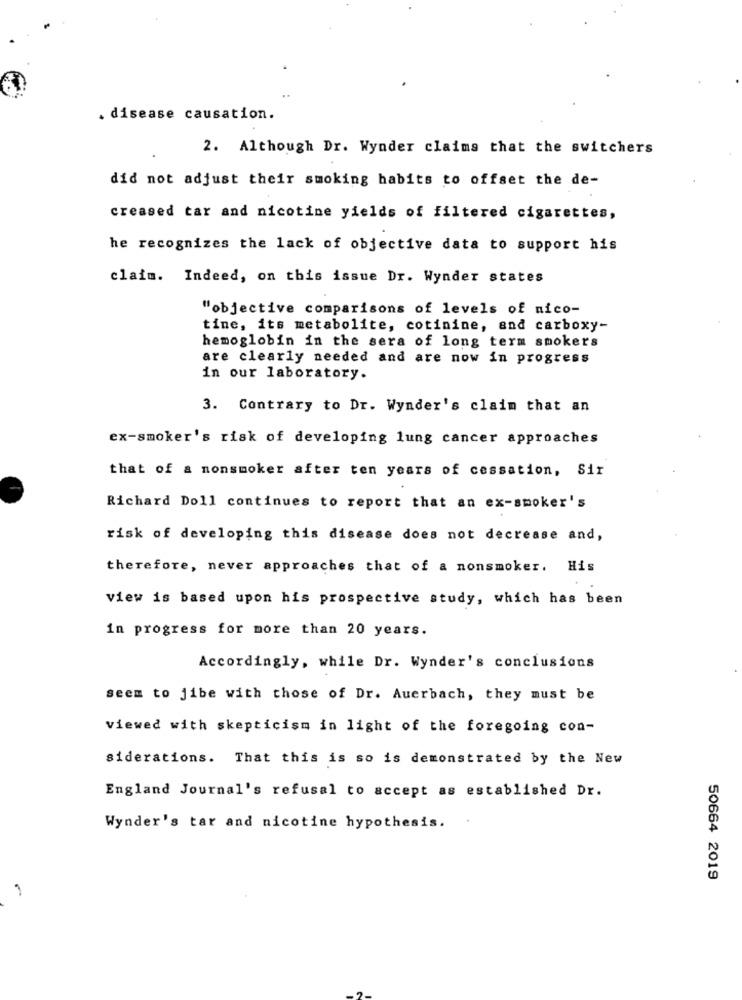
. disease causation.
2. Although Dr. Wynder claims that the switchers
did not adjust their smoking habits to offset the de-
creased tar and nicotine yields of filtered cigarettes,
he recognizes the lack of objective data to support his
claim. Indeed, on this issue Dr. Wynder states
"objective comparisons of levels of nico-
tine, its metabolite, cotinine, and carboxy-
hemoglobin in the sera of long term smokers
are clearly needed and are now in progress
in our laboratory.
3. Contrary to Dr. Wynder's claim that an
ex-smoker's risk of developing lung cancer approaches
that of a nonsmoker after ten years of cessation, Sir
Richard Doll continues to report that an ex-smoker's
risk of developing this disease does not decrease and,
therefore, never approaches that of a nonsmoker. His
view is based upon his prospective study, which has been
in progress for more than 20 years.
Accordingly, while Dr. Wynder's conclusions
seem to jibe with those of Dr. Auerbach, they must be
viewed with skepticism in light of the foregoing con-
siderations. That this is so is demonstrated by the New
England Journal's refusal to accept as established Dr.
Wynder's tar and nicotine hypothesis.
50664 2019